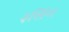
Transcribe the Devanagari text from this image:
३लिंग